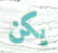
يكن